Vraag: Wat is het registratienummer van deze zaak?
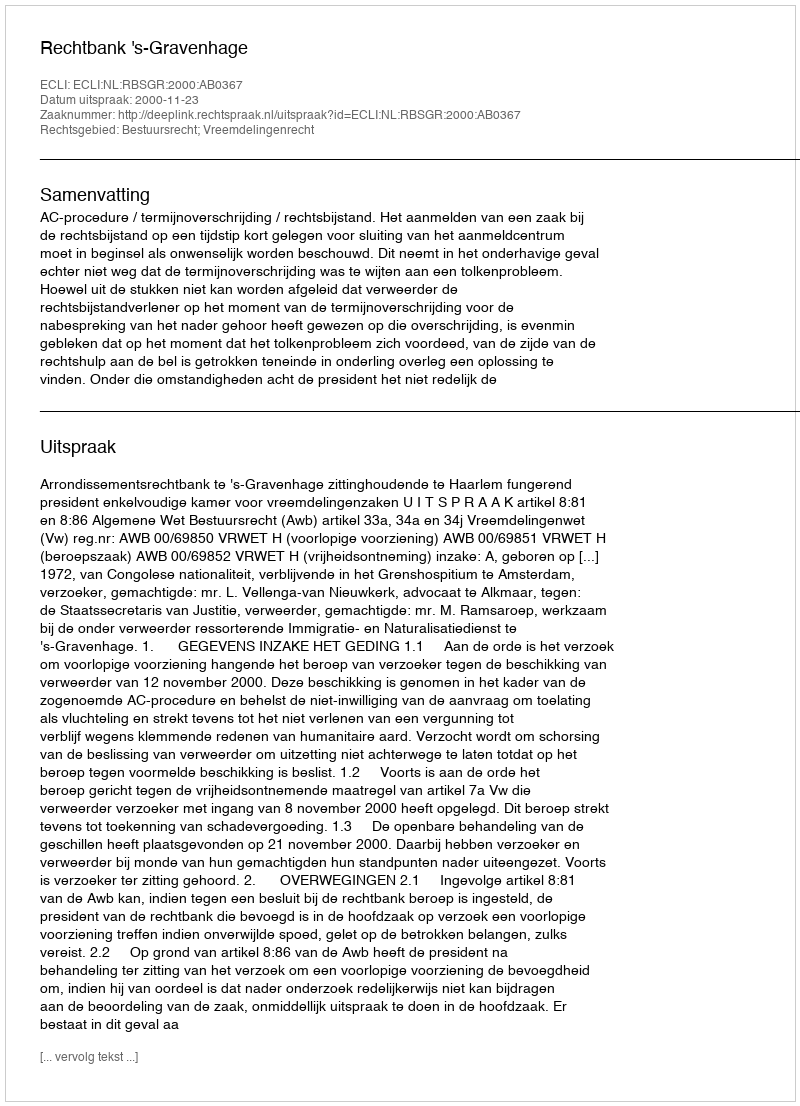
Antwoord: http://deeplink.rechtspraak.nl/uitspraak?id=ECLI:NL:RBSGR:2000:AB0367